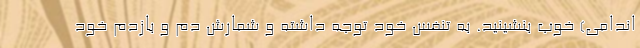
اندامی) خوب بنشینید. به تنفس خود توجه داشته و شمارش دم و بازدم خود